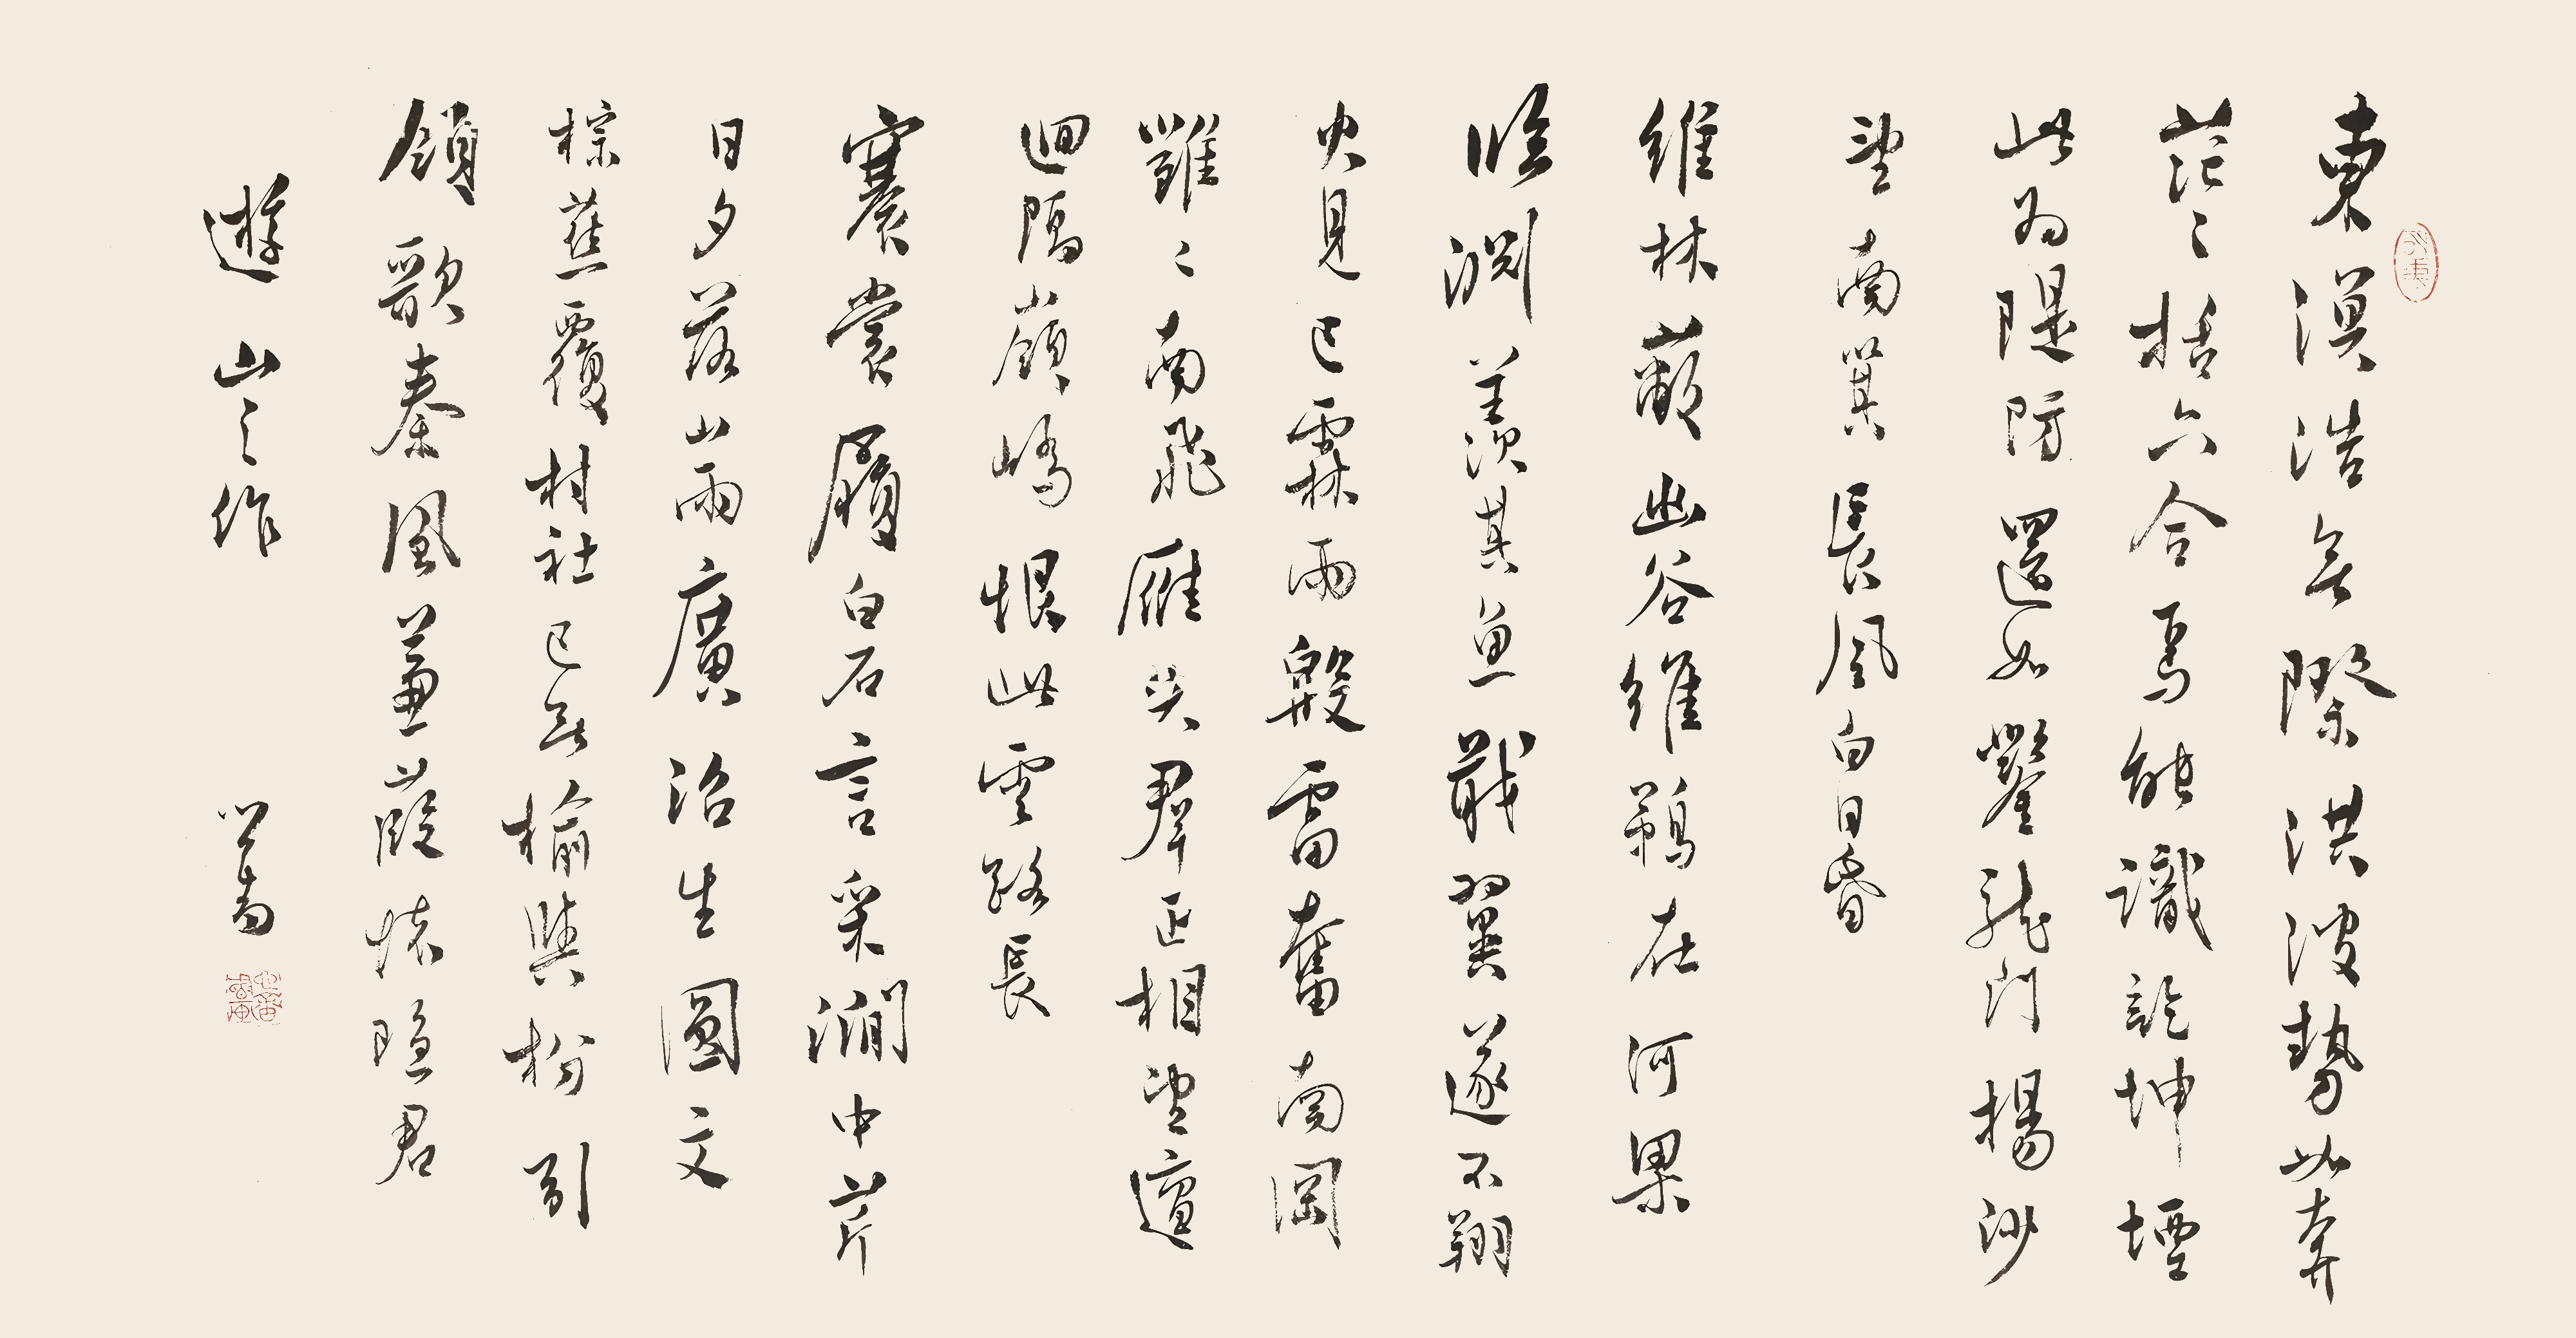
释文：东冥浩无际，洪波势如奔。茫茫括六合，焉能识乾坤。堙此为堤防，还如凿龙门。扬沙望南箕，长风白日昏。维林蔽幽谷，维鹈在河梁。临渊羡其鱼，戢翼遂不翔。火见已霖雨，殷雷奋南冈。雝雝南飞雁，失群正相望。邅回隔岭峤，恨此云路长。褰裳履白石，言采涧中芹。日夕落山雨，广治生圆文。棕蕉覆村社，已无榆与枌。引领歌秦风，蒹葭怀隐君。游山之作。心畬。